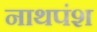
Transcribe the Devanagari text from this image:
नाथपंश